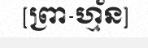
[ព្រា-ហ្ម័ន]